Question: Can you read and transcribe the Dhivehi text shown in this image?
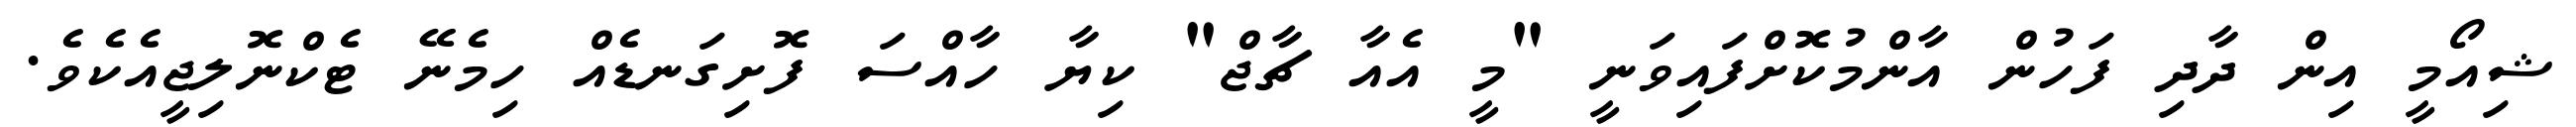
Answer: ޝިއޯމީ އިން ދާދި ފަހުން އާންމުކޮށްފައިވަނީ "މީ އެއާ ޗާޖް" ކިޔާ ހާއްސަ ފޮށިގަނޑެއް ހިމެނޭ ޓެކްނޮލިޖީއެކެވެ.